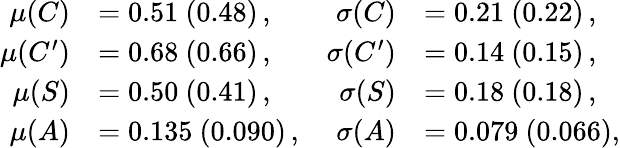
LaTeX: \begin{array}{rlrl}{{\mu(C)}}&{{=0.51\ (0.48)\, ,}}&{{\sigma(C)}}&{{=0.21\ (0.22)\, ,}}\\ {{\mu(C^{\prime})}}&{{=0.68\ (0.66)\, ,}}&{{\sigma(C^{\prime})}}&{{=0.14\ (0.15)\, ,}}\\ {{\mu(S)}}&{{=0.50\ (0.41)\, ,}}&{{\sigma(S)}}&{{=0.18\ (0.18)\, ,}}\\ {{\mu(A)}}&{{=0.135\ (0.090)\, ,}}&{{\sigma(A)}}&{{=0.079\ (0.066),}}\end{array}